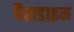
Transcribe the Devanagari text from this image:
पैराडाइम